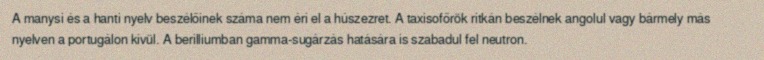
A manysi és a hanti nyelv beszélőinek száma nem éri el a húszezret. A taxisofőrök ritkán beszélnek angolul vagy bármely más nyelven a portugálon kívül. A berilliumban gamma-sugárzás hatására is szabadul fel neutron.